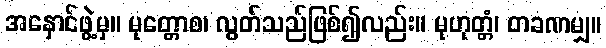
အနှောင်ဖွဲ့မှ။ မုတ္တောစ၊ လွတ်သည်ဖြစ်၍လည်း။ မုဟုတ္တံ၊ တခဏမျှ။